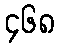
၄၆၈